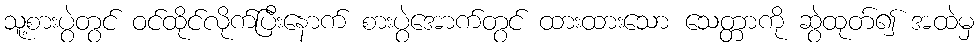
သူ့စားပွဲတွင် ဝင်ထိုင်လိုက်ပြီးနောက် စားပွဲအောက်တွင် ထားထားသော သေတ္တာကို ဆွဲထုတ်၍ အထဲမှ